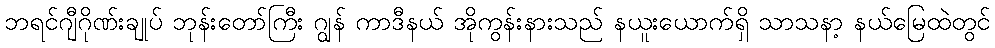
ဘရင်ဂျီဂိုဏ်းချုပ် ဘုန်းတော်ကြီး ဂျွန် ကာဒီနယ် အိုကွန်းနားသည် နယူးယောက်ရှိ သာသနာ့ နယ်မြေထဲတွင်